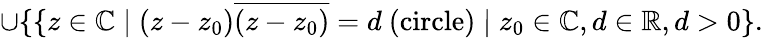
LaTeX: \cup\{ \{ z\in\mathbb{C}\mid(z-z_{0}){\overline{{(z-z_{0})}}}=d\ {\mathrm{(circle)}}\mid z_{0}\in\mathbb{C},d\in\mathbb{R},d>0\} .